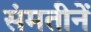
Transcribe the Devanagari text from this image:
संमतीनें